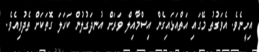
އިށީނެވެ. އެވަގުތު މޭގައި އަތްއަޅައިގެން އިސްމާއިލް ވަރަށް އުނދަގުލުން ކަހަލަ ގޮތަކަށް ތެދުވިއެވެ.